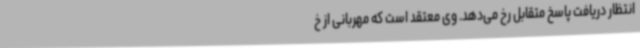
انتظار دریافت پاسخ متقابل رخ می‌دهد. وی معتقد است که مهربانی از خ